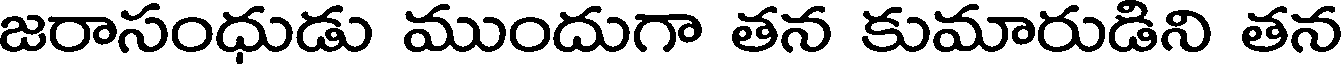
జరాసంధుడు ముందుగా తన కుమారుడిని తన